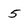
Character: 5